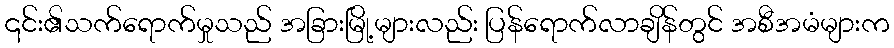
၎င်း၏သက်ရောက်မှုသည် အခြားမြို့များလည်း ပြန်ရောက်လာချိန်တွင် အစီအမံများက